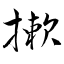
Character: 摗